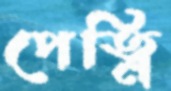
পেত্নি